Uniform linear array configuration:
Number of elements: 16
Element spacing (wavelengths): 0.25
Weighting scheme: kaiser
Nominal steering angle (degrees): -45
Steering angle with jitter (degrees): -43.72
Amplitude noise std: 0.05
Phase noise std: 0.05

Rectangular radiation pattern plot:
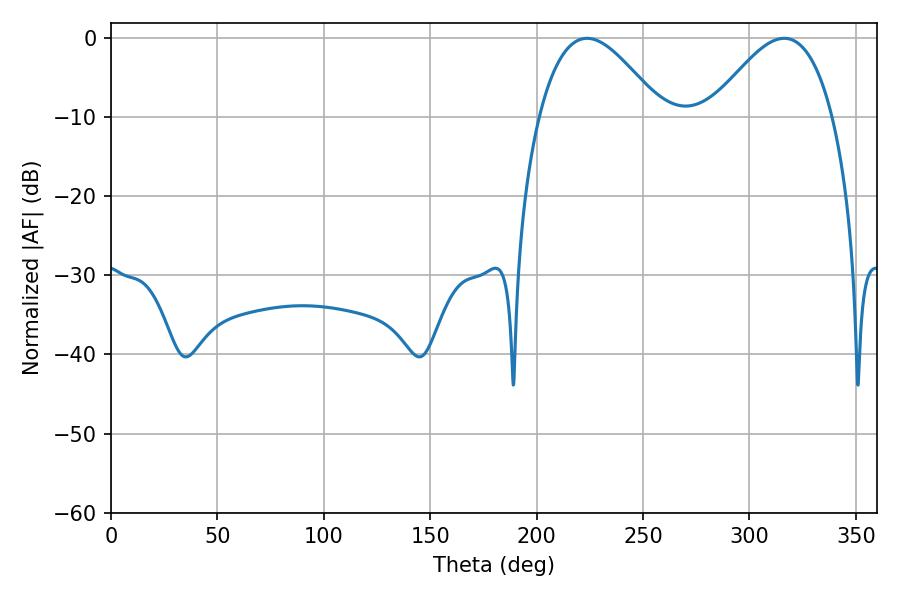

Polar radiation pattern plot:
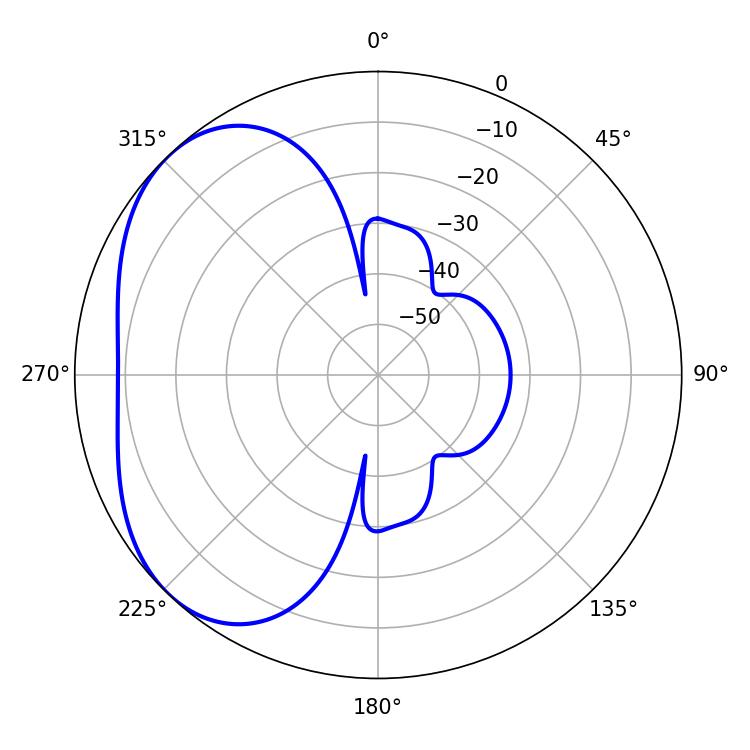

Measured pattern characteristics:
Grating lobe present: FALSE
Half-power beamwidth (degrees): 31.14
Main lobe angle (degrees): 223.74